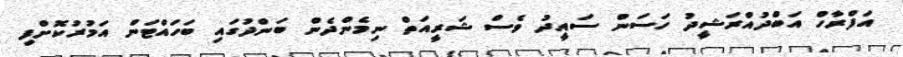
އަފްރާހް އަބްދުއްރަޝީދު ހަސަން ސައީދު ވެސް ޝަރީއަތް ނިމެންދެން ބަންދުގައި ބަހައްޓަން އަމުރުކޮށްފި